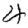
Digit: 4